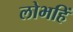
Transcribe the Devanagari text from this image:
लोभहिं